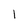
Character: 1